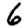
Digit: 6